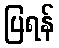
ပြရန်